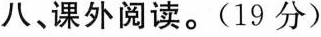
八、课外阅读。(19分)